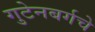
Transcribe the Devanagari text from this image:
गुटेनबर्गचे